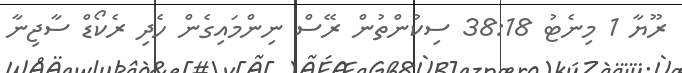
ރޫޔާ 1 މިނެޓު 38:18 ސިކުންތުން ރޭސް ނިންމައިގެން ހެދި ރެކޯޑް ސާޖިނާ